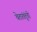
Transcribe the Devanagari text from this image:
चेतातंतूंची